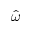
\hat { \omega }